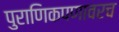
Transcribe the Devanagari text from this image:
पुराणिकपणावरच